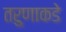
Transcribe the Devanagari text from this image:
तरुणाकडे